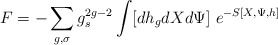
\begin{align*}F=-\sum_{g,\sigma}g_s^{2g-2} \int [dh_gdXd\Psi]~e^{-S[X,\Psi,h]}\end{align*}